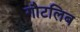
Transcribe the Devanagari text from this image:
गौटलिब